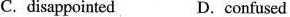
C.disappointed D.confused